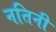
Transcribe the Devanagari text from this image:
नतिनी